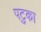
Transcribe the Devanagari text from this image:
पटुका